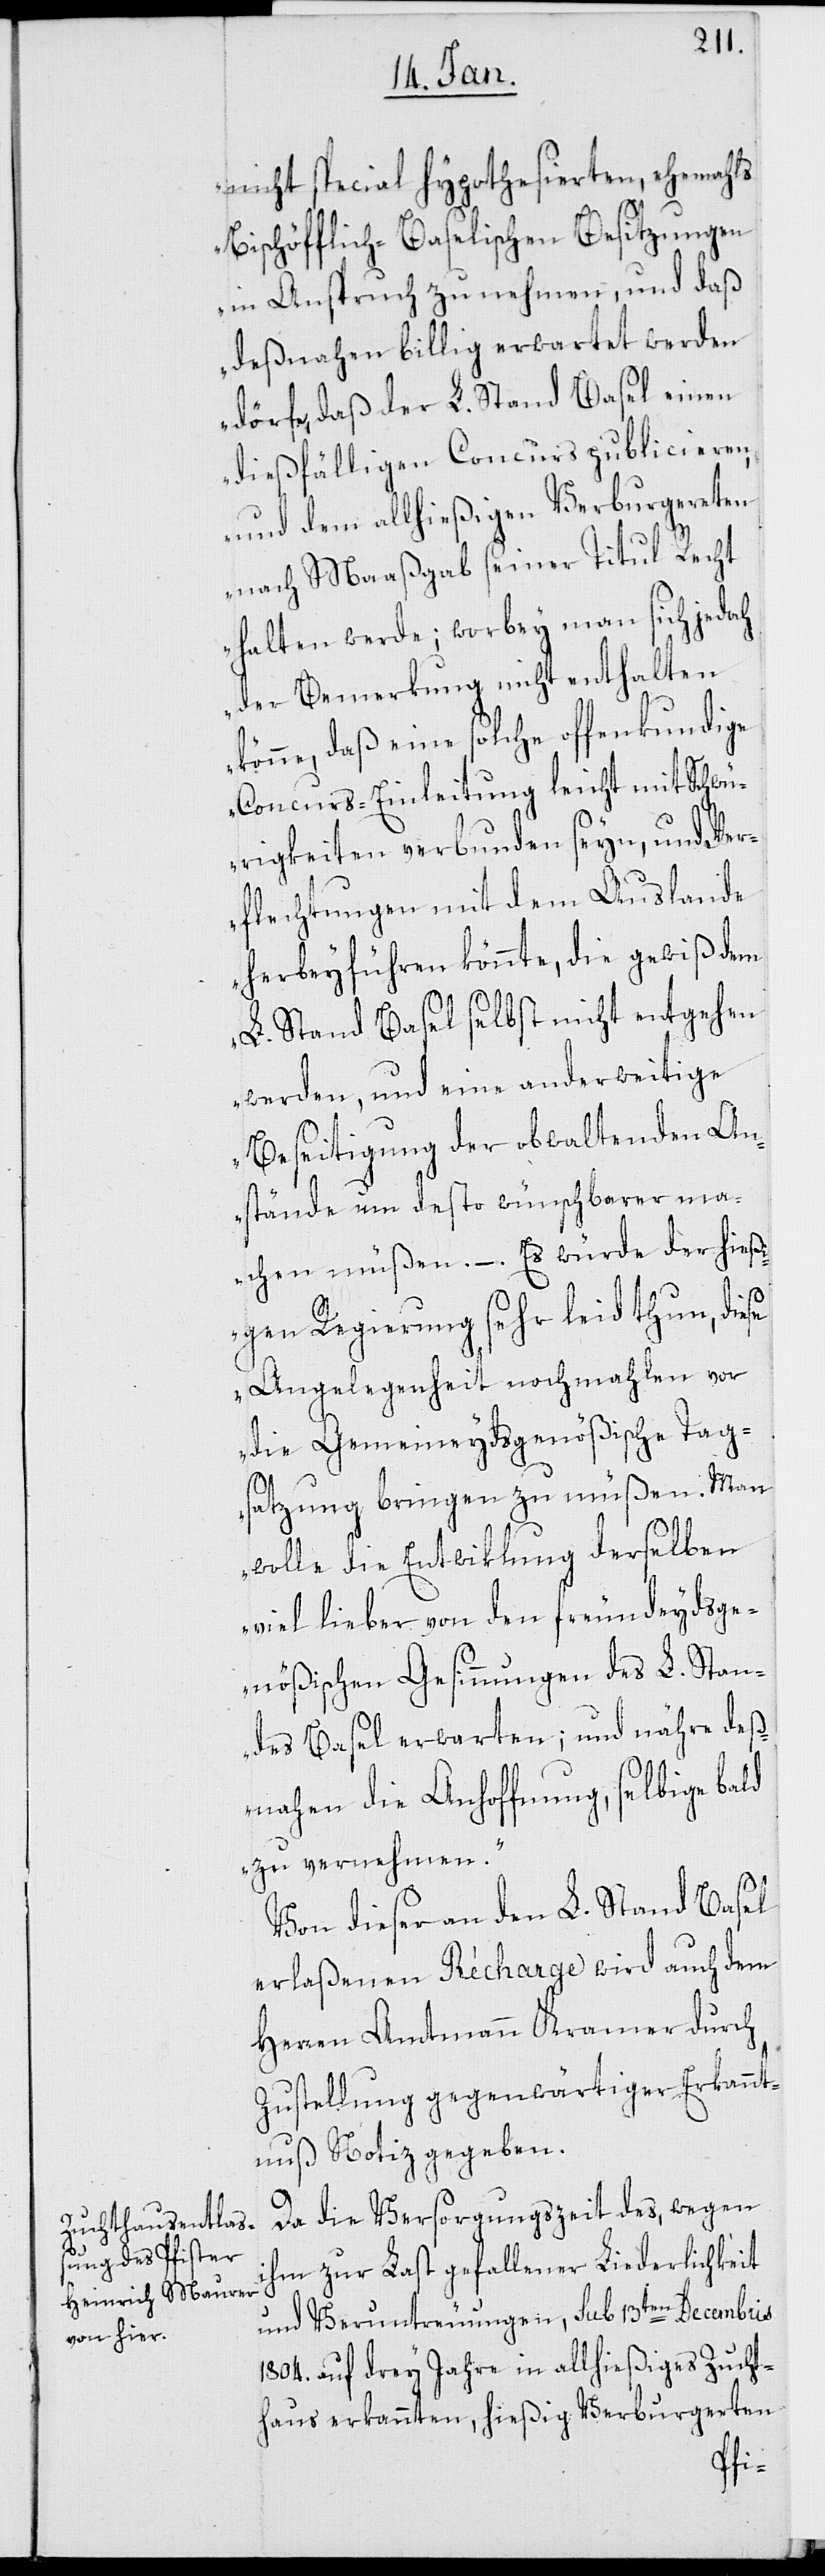
nicht special hypothesierten, ehemahls
Bischöfflich-Baselischen Besitzungen
in Anspruch zu nehmen, und daß
deßnahen billig erwartet werden
dörfe, daß der L. Stand Basel einen
dießfälligen Concurs publicieren,
und dem allhießigen Verburgereten
nach Maaßgab seiner Titul Recht
halten werde; worbey man sich jedoch
der Bemerkung nicht enthalten
könne, daß eine solche offenkundige
Concurs-Einleitung leicht mit Schwü¬
rigkeiten verbunden seyn, und Ver¬
flechtungen mit dem Auslande
herbeyführen könnte, die gewiß dem
L. Stand Basel selbst nicht entgehen
werden, und eine anderweitige
Beseitigung der obwaltenden An¬
stände um desto wünschbarer ma¬
chen müßen. – Es würde der hieß¬
igen Regierung sehr leid thun, diese
Angelegenheit nochmahlen vor
die Gemeineydsgenößische Tag¬
satzung bringen zu müßen. Man
wolle die Entwiklung derselben
viel lieber von den freundeydsge¬
nößischen Gesinnungen des L. Stan¬
des Basel erwarten; und nähre deß¬
nahen die Anhoffnung, selbige bald
zu vernehmen.“
Von dieser an den L. Stand Basel
erlaßenen Récharge wird auch dem
Herren Amtmann Kramer durch
Zustellung gegenwärtiger Erkannt¬
nuß Notiz gegeben.
Da die Versorgungszeit des, wegen
ihm zur Last gefallener Liederlichkeit
und Veruntreuungen, sub 13ten Decembris
1804. auf drey Jahre in allhießiges Zucht¬
haus erkannten, hießig Verburgerten